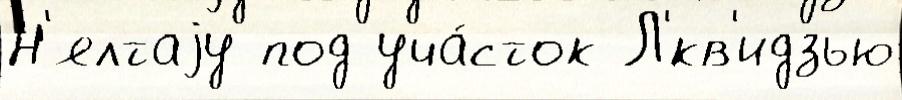
Н'ялтаjу под уча́сток Л'́кв'идзью